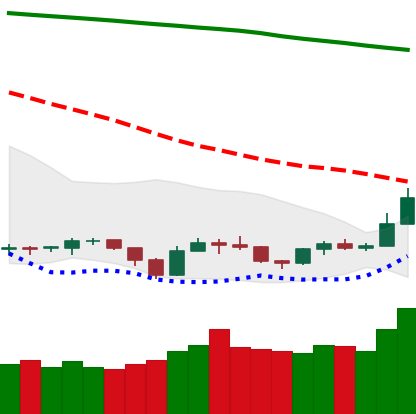
Ticker: TRX-USD
Chart end date: 2019-09-18
Forward return: -10.745%
Label: down_7plus